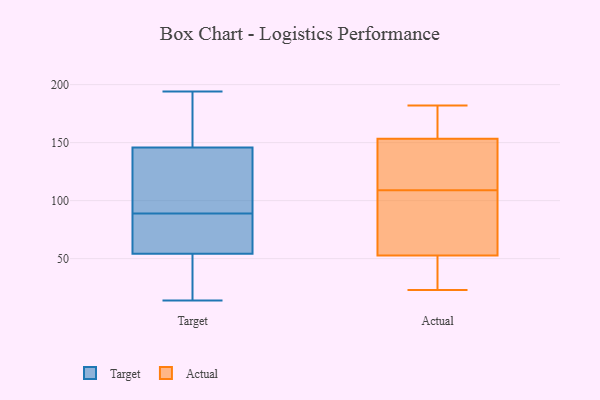
{"axis": {"x": "Revenue (USD Million)", "y": "Value"}, "legend": ["Actual", "Target"], "data": [{"x": "", "y": 18, "type": "Target"}, {"x": "", "y": 183, "type": "Target"}, {"x": "", "y": 117, "type": "Target"}, {"x": "", "y": 140, "type": "Target"}, {"x": "", "y": 163, "type": "Target"}, {"x": "", "y": 89, "type": "Target"}, {"x": "", "y": 194, "type": "Target"}, {"x": "", "y": 139, "type": "Target"}, {"x": "", "y": 34, "type": "Target"}, {"x": "", "y": 61, "type": "Target"}, {"x": "", "y": 88, "type": "Target"}, {"x": "", "y": 184, "type": "Target"}, {"x": "", "y": 21, "type": "Target"}, {"x": "", "y": 63, "type": "Target"}, {"x": "", "y": 14, "type": "Target"}, {"x": "", "y": 79, "type": "Target"}, {"x": "", "y": 108, "type": "Target"}, {"x": "", "y": 69, "type": "Actual"}, {"x": "", "y": 89, "type": "Actual"}, {"x": "", "y": 127, "type": "Actual"}, {"x": "", "y": 155, "type": "Actual"}, {"x": "", "y": 55, "type": "Actual"}, {"x": "", "y": 164, "type": "Actual"}, {"x": "", "y": 182, "type": "Actual"}, {"x": "", "y": 23, "type": "Actual"}, {"x": "", "y": 148, "type": "Actual"}, {"x": "", "y": 38, "type": "Actual"}, {"x": "", "y": 29, "type": "Actual"}, {"x": "", "y": 145, "type": "Actual"}, {"x": "", "y": 128, "type": "Actual"}, {"x": "", "y": 159, "type": "Actual"}, {"x": "", "y": 52, "type": "Actual"}, {"x": "", "y": 43, "type": "Actual"}, {"x": "", "y": 107, "type": "Actual"}, {"x": "", "y": 109, "type": "Actual"}, {"x": "", "y": 179, "type": "Actual"}]}